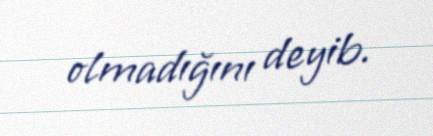
olmadığını deyib.